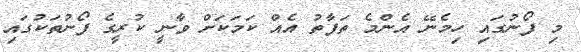
މި ފޯނުގައި ހިމެނޭ އެންމެ ތަފާތު އެއް ކަމަކަށް ވާނީ ކުރީގެ ފޯނުތަކުގައި